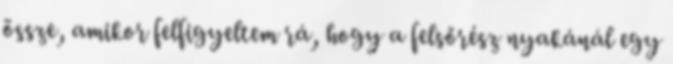
össze, amikor felfigyeltem rá, hogy a felsőrész nyakánál egy